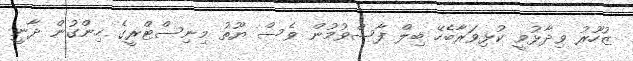
ޒުހޫރު ވިދާޅުވީ ކުޅިވަރާބެހޭ ބިލް ފާސްވުމުން ވެސް ޔޫތު މިނިސްޓްރީގެ ހިންގުން ދާނީ